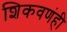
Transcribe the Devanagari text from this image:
शिकवणंही